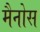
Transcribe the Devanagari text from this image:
मैनोस